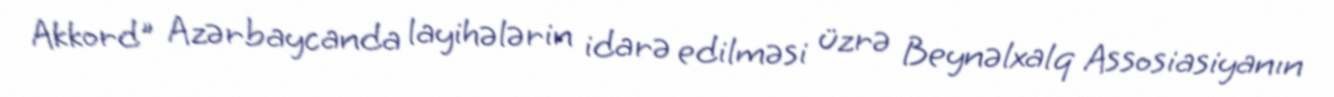
Akkord" Azərbaycanda layihələrin idarə edilməsi üzrə Beynəlxalq Assosiasiyanın